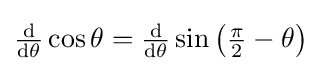
{\tfrac {\operatorname {d} }{\operatorname {d} \!\theta }}\cos \theta ={\tfrac {\operatorname {d} }{\operatorname {d} \!\theta }}\sin \left({\tfrac {\pi }{2}}-\theta \right)